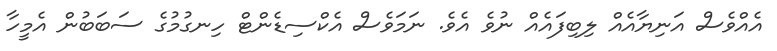
އެއްވެސް އަނިޔާއެއް ލިބިފައެއް ނުވެ އެވެ. ނަމަވެސް އެކްސިޑެންޓް ހިނގުމުގެ ސަބަބުން އެމީހާ